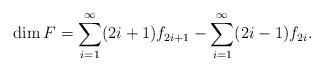
LaTeX: \begin{align*}\dim F= \sum_{i=1}^\infty(2i+1)f_{2i+1}-\sum_{i=1}^\infty(2i-1)f_{2i}.\end{align*}